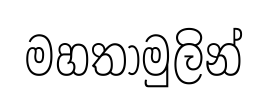
මහතාමුලින්